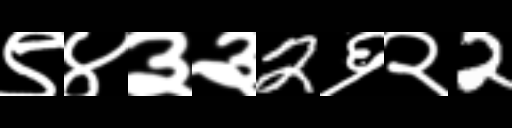
Text: ९४३३2६२2